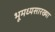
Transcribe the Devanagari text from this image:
भूमध्यसारख्या